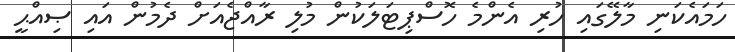
ހަމައެކަނި މާލޭގައި ހުރި އެންމެ ހޮސްޕިޓަލަކުން މުލި ރާއްޖެއަށް ދެމުން އައި ޞިއްޙީ